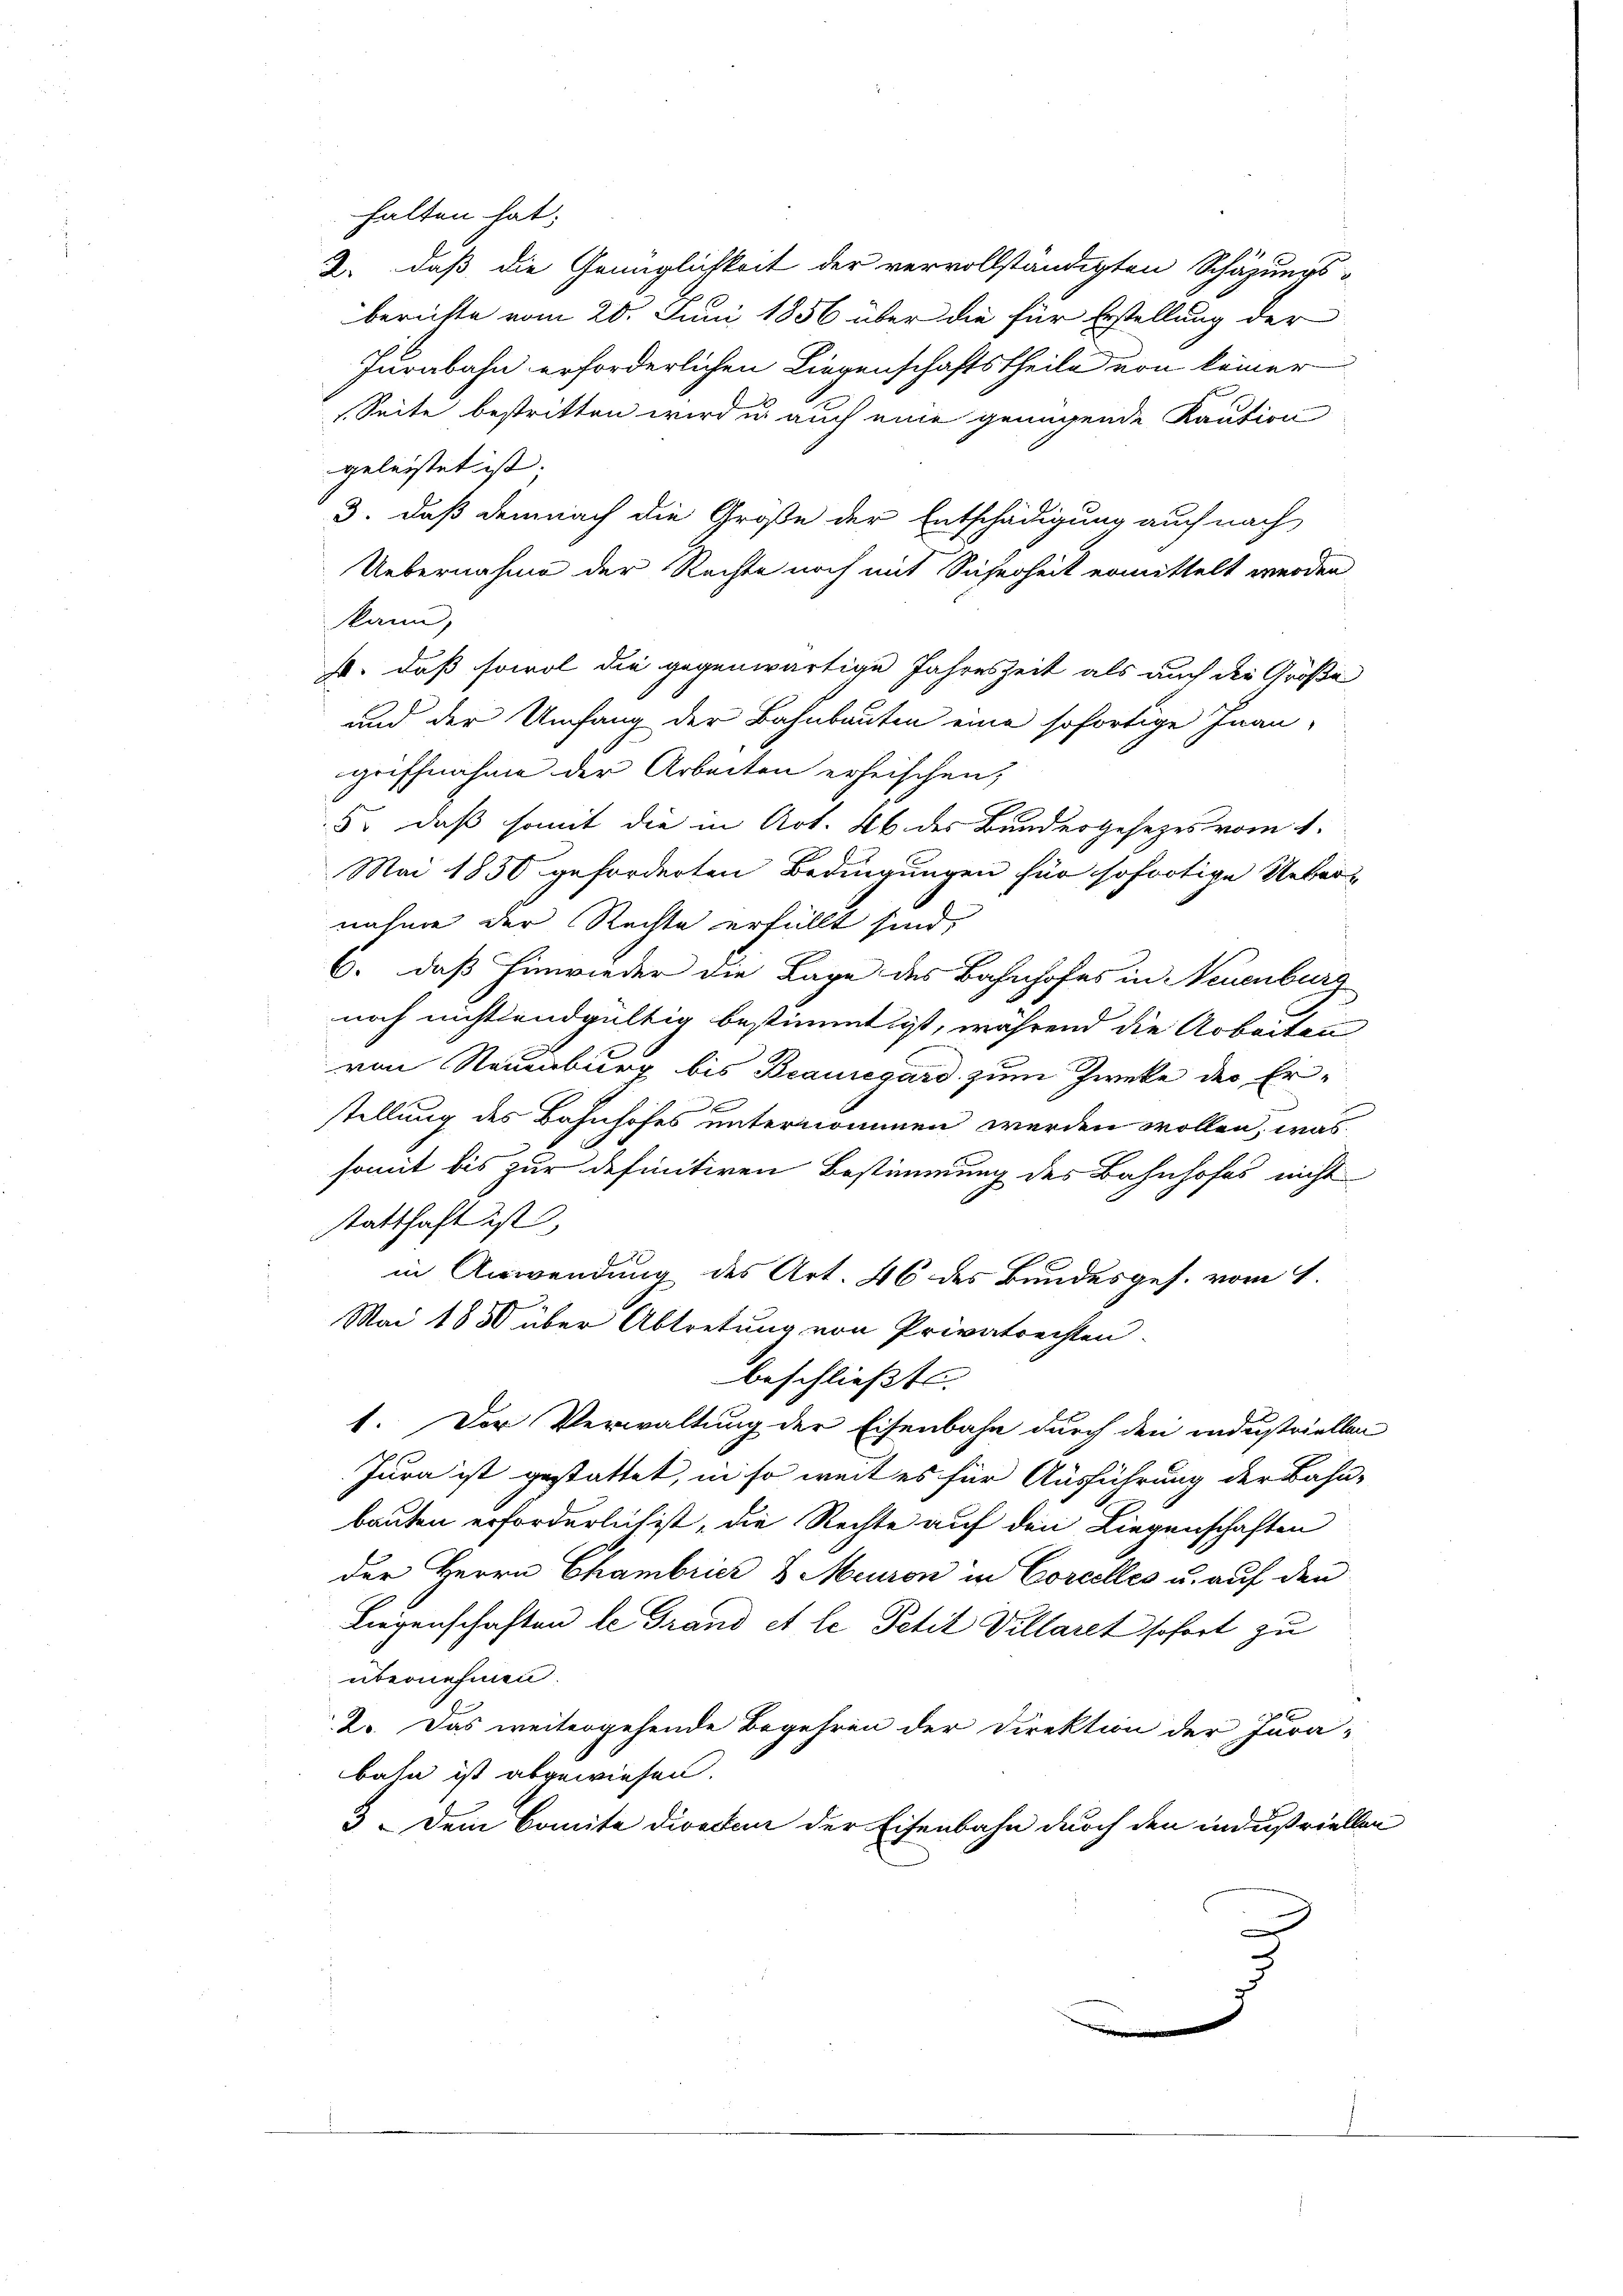
halten hat.
2. daß die Genüglichkeit der vervollständigten Schäzungs-
beruhte vom 20. Juni 1856 über die für Erstellung der
Purabahn erforderlichen Liegenschaftstheile von keiner
„Seite bestritten wird u. auch eine genügende Kaution
geleistet ist.
3. daß demnach die Größe der Entschädigung auch nach
Uebernahme der Rechte noch mit Sicherheit ermittelt werden
kann,
u. daß sowol die gegenwärtige Jahreszeit als auch die Große
und der Umfang der Bahnbauten eine sofortige Inan-
griffnahme der Arbeiten erheischen;
5 daß somit die in Art. 46 des Bundesgesezes vom 4.
Mai 1850 geforderten Bedingungen für sofortige Uebernahme der Rechte erfüllt sind,
6. daß hinwieder die Lage des Bahnhofes in Neuenburg
noch nichtsendgültig bestimmt ist, während die Arbeiten
von Neuenburg bis Beauregard zum Zwecke der Erx
stellung des Bahnhofes unternommen werden wollen, was
somit bis zur definitiven Bestimmung des Bahnhofes nicht
statthaft ist,
in Anwendung des Art. 46 des Bundesges. vom 1.
Mai 1830 über Abtretung von Privatrechten.
beschließt.
1. Der Verwaltung der Eisenbahn durch den industriellen
Jura ist gestattet, in so weit es für Ausführung der Bahn-
bauten erforderlich ist, die Rechte auf den Liegenschaften
der Herrn Chambricz & Meuron in Corcelles u. auf den
Liegenschaften le Grand et le Petit Villaret sofort zu
übernehmen.
2. Das weitergehende Begehren der Direktion der Jura-
bahn ist abgewiesen.
3 Dein Comite directen der Eisenbahn durch den industriellen
e